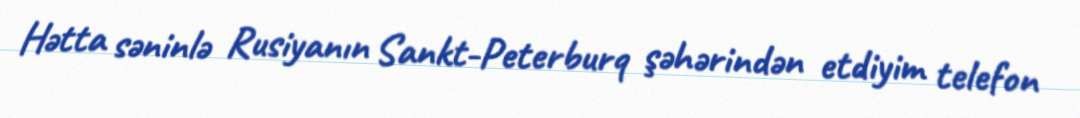
Hətta səninlə Rusiyanın Sankt-Peterburq şəhərindən etdiyim telefon